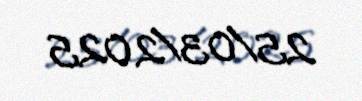
25/03/2025